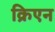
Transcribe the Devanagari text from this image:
क्रिएन